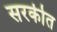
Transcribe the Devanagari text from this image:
सरकीत